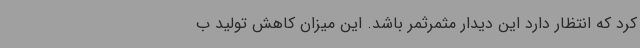
کرد که انتظار دارد این دیدار مثمرثمر باشد. این میزان کاهش تولید ب